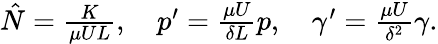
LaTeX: \begin{array}{r}{\hat{N}=\frac{K}{\mu UL},\quad p^{\prime}=\frac{\mu U}{\delta L}p,\quad\gamma^{\prime}=\frac{\mu U}{\delta^{2}}\gamma.}\end{array}